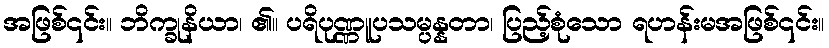
အဖြစ်၎င်း။ ဘိက္ခုနိယာ၊ ၏။ ပရိပုဏ္ဏူပသမ္ပန္နတာ၊ ပြည့်စုံသော ရဟန်းမအဖြစ်၎င်း။